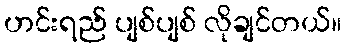
ဟင်းရည် ပျစ်ပျစ် လိုချင်တယ်။